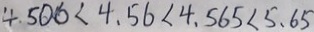
4 . 5 0 6 < 4 . 5 6 < 4 . 5 6 5 < 5 . 6 5